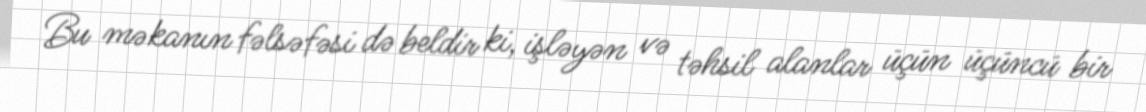
Bu məkanın fəlsəfəsi də beldir ki, işləyən və təhsil alanlar üçün üçüncü bir